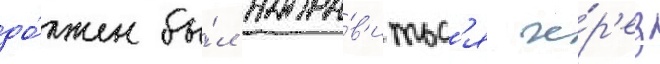
до́лжен бы́л напра́в'итьс'я че́р'ез